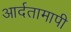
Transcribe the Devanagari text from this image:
आर्दतामापी